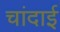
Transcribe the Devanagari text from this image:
चांदाई